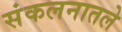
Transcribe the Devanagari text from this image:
संकलनातले